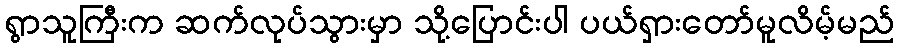
ရွာသူကြီးက ဆက်လုပ်သွားမှာ သို့ပြောင်းပါ ပယ်ရှားတော်မူလိမ့်မည်